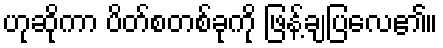
ဟုဆိုကာ ပိတ်စတစ်ခုကို ဖြန့်ချပြလေ၏။